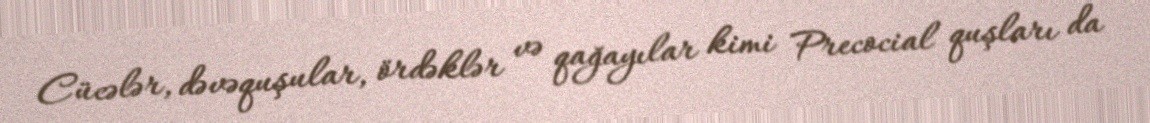
Cücələr, dəvəquşular, ördəklər və qağayılar kimi Precocial quşları da